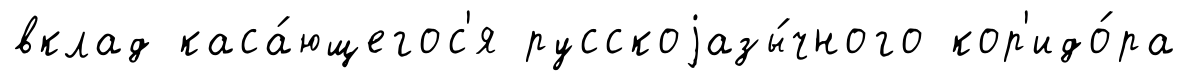
вклад каса́ющегос'я русскоjазы́чного кор'идо́ра